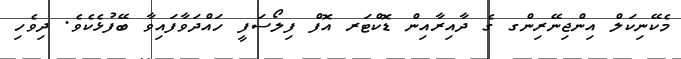
މެކޭނިކަލް އިންޖިނޭރިންގ ގެ ދާއިރާއިން ޑޮކްޓަރ އޮފް ފިލޯސަފީ ހައްދަވާފައިވާ ބޭފުޅެކެވެ. ދިވެހި